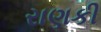
રાણકી